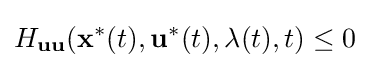
H_{\mathbf {uu} }(\mathbf {x} ^{\ast }(t),\mathbf {u} ^{\ast }(t),\mathbf {\lambda } (t),t)\leq 0